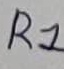
Text: R1